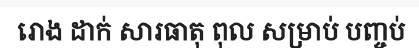
រោង ដាក់ សារធាតុ ពុល សម្រាប់ បញ្ចប់